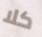
كلا